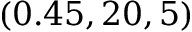
( 0 . 4 5 , 2 0 , 5 )